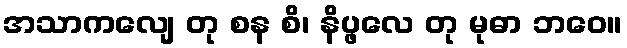
အသာကလျေ တု စန စိ၊ နိပ္ဖလေ တု မုဓာ ဘဝေ။